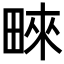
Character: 𤲓